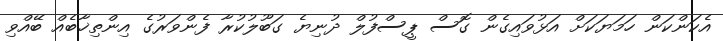
އެކަންކަން ހަމަޔަކަށް އަޅުވައިގެން ގޮސް ޕީސްފުލް ދުނިޔެ ގަބޫލުކުރާ ފެންވަރުގެ އިންތިޚާބެއް ބޭއްވި